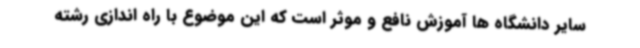
سایر دانشگاه ها آموزش نافع و موثر است که این موضوع با راه اندازی رشته